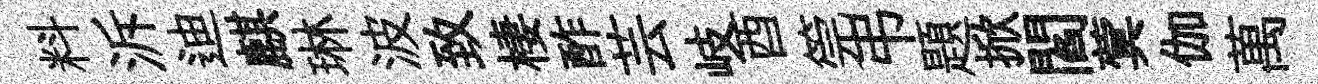
料泝迪麒琳波致棲酢芸岐酉筦弔題掀閻蓂伽萬